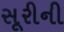
સૂરીની